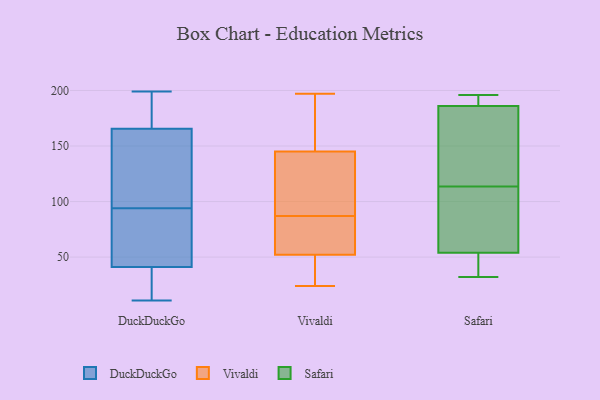
{"axis": {"x": "Population (Million)", "y": "Value"}, "legend": ["DuckDuckGo", "Safari", "Vivaldi"], "data": [{"x": "", "y": 26, "type": "DuckDuckGo"}, {"x": "", "y": 19, "type": "DuckDuckGo"}, {"x": "", "y": 185, "type": "DuckDuckGo"}, {"x": "", "y": 83, "type": "DuckDuckGo"}, {"x": "", "y": 103, "type": "DuckDuckGo"}, {"x": "", "y": 104, "type": "DuckDuckGo"}, {"x": "", "y": 56, "type": "DuckDuckGo"}, {"x": "", "y": 174, "type": "DuckDuckGo"}, {"x": "", "y": 171, "type": "DuckDuckGo"}, {"x": "", "y": 132, "type": "DuckDuckGo"}, {"x": "", "y": 172, "type": "DuckDuckGo"}, {"x": "", "y": 11, "type": "DuckDuckGo"}, {"x": "", "y": 199, "type": "DuckDuckGo"}, {"x": "", "y": 79, "type": "DuckDuckGo"}, {"x": "", "y": 62, "type": "DuckDuckGo"}, {"x": "", "y": 12, "type": "DuckDuckGo"}, {"x": "", "y": 18, "type": "DuckDuckGo"}, {"x": "", "y": 160, "type": "DuckDuckGo"}, {"x": "", "y": 93, "type": "DuckDuckGo"}, {"x": "", "y": 95, "type": "DuckDuckGo"}, {"x": "", "y": 62, "type": "Vivaldi"}, {"x": "", "y": 97, "type": "Vivaldi"}, {"x": "", "y": 74, "type": "Vivaldi"}, {"x": "", "y": 162, "type": "Vivaldi"}, {"x": "", "y": 197, "type": "Vivaldi"}, {"x": "", "y": 42, "type": "Vivaldi"}, {"x": "", "y": 143, "type": "Vivaldi"}, {"x": "", "y": 145, "type": "Vivaldi"}, {"x": "", "y": 152, "type": "Vivaldi"}, {"x": "", "y": 24, "type": "Vivaldi"}, {"x": "", "y": 87, "type": "Vivaldi"}, {"x": "", "y": 87, "type": "Vivaldi"}, {"x": "", "y": 84, "type": "Vivaldi"}, {"x": "", "y": 164, "type": "Vivaldi"}, {"x": "", "y": 49, "type": "Vivaldi"}, {"x": "", "y": 120, "type": "Vivaldi"}, {"x": "", "y": 45, "type": "Vivaldi"}, {"x": "", "y": 52, "type": "Vivaldi"}, {"x": "", "y": 196, "type": "Safari"}, {"x": "", "y": 118, "type": "Safari"}, {"x": "", "y": 193, "type": "Safari"}, {"x": "", "y": 109, "type": "Safari"}, {"x": "", "y": 32, "type": "Safari"}, {"x": "", "y": 79, "type": "Safari"}, {"x": "", "y": 186, "type": "Safari"}, {"x": "", "y": 54, "type": "Safari"}, {"x": "", "y": 40, "type": "Safari"}, {"x": "", "y": 140, "type": "Safari"}]}